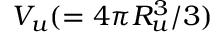
V _ { u } ( = 4 \pi R _ { u } ^ { 3 } / 3 )